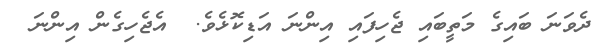
ދެވަނަ ބައިގެ މަތީބައި ޖެހިފައި އިންނަ އަޑިކޮޅެވެ.  އެޖެހިގެން އިންނަ